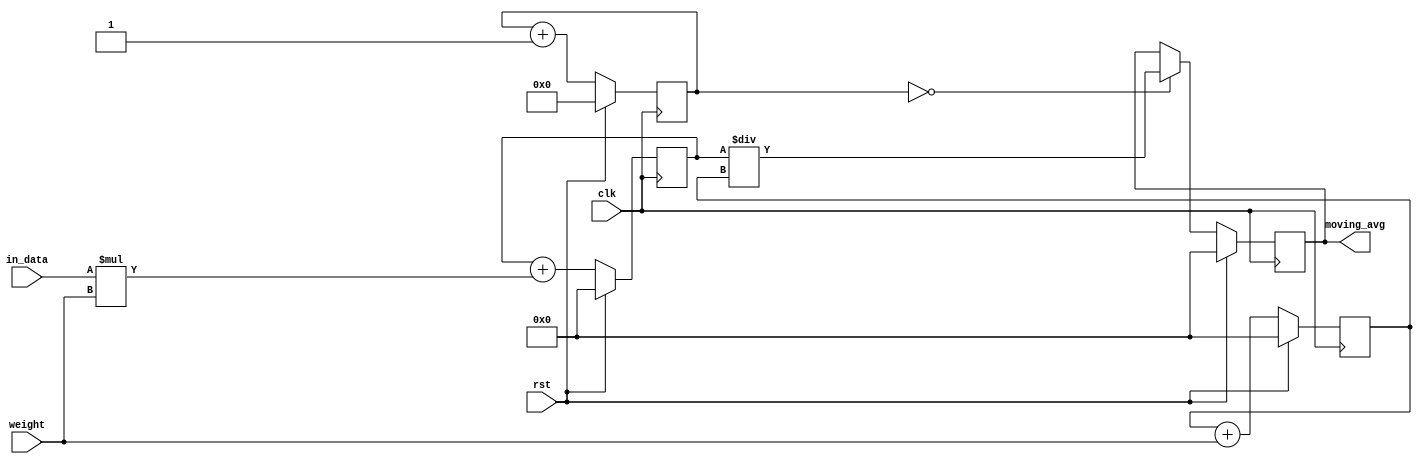
module weighted_moving_avg(
    input clk,
    input rst,
    input [7:0] in_data,
    input [7:0] weight,
    output reg [15:0] moving_avg
);

reg [15:0] sum;
reg [15:0] total_weight;
reg [7:0] count;

always @(posedge clk) begin
    if (rst) begin
        sum <= 16'h0;
        total_weight <= 16'h0;
        count <= 8'h0;
        moving_avg <= 16'h0;
    end else begin
        sum <= sum + in_data * weight;
        total_weight <= total_weight + weight;
        count <= count + 8'h1;
        
        if (count == 8'h0) begin
            moving_avg <= sum / total_weight;
        end
    end
end

endmodule